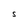
Character: S